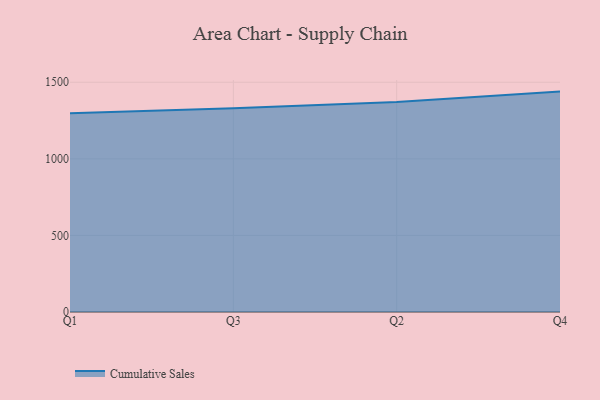
{"axis": {"x": "Quarter", "y": "Website Visitors"}, "legend": ["Cumulative Sales"], "data": [{"x": "Q1", "y": 1296.8, "type": "Cumulative Sales"}, {"x": "Q3", "y": 1330.9, "type": "Cumulative Sales"}, {"x": "Q2", "y": 1371.3, "type": "Cumulative Sales"}, {"x": "Q4", "y": 1438.9, "type": "Cumulative Sales"}]}